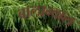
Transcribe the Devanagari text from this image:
बालाभ्बाल